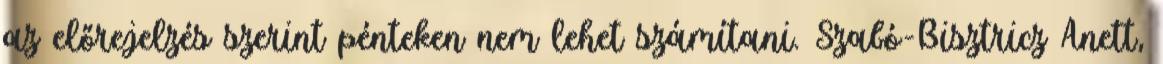
az előrejelzés szerint pénteken nem lehet számítani. Szabó-Bisztricz Anett,